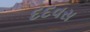
દદવસ